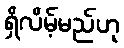
ရှိလိမ့်မည်ဟု